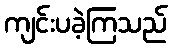
ကျင်းပခဲ့ကြသည်